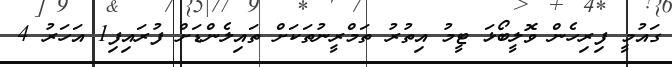
ގައުމީ ފިރިހެން ވޮލީބޯޅަ ޓީމު އިތުރު ތަމްރީނުތަކަށް ތައިލެންޑަށް ފުރައިފި1 އަހަރު 4